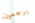
يرجعون